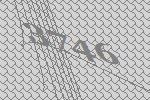
3746